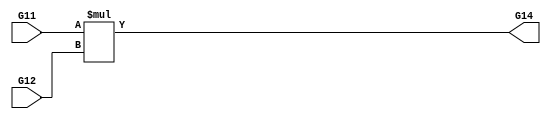
module multiplier(G11,G12,G14);
input [15:0] G11,G12;
output [15:0] G14;
assign G14 = G11 * G12;
endmodule